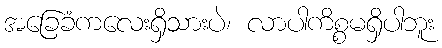
အခြေခံကလေးရှိသားပဲ၊ လာပါကိစ္စမရှိပါဘူး